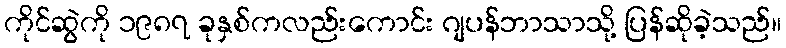
ကိုင်ဆွဲကို ၁၉၈၇ ခုနှစ်ကလည်းကောင်း ဂျပန်ဘာသာသို့ ပြန်ဆိုခဲ့သည်။